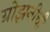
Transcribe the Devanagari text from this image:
ग्रोझनीची